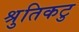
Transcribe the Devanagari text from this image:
श्रुतिकटु